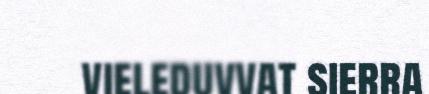
vieleduvvat sierra